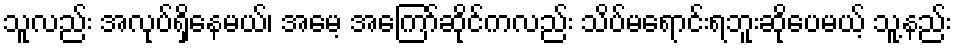
သူလည်း အလုပ်ရှိနေမယ်၊ အမေ့ အကြော်ဆိုင်ကလည်း သိပ်မရောင်းရဘူးဆိုပေမယ့် သူ့နည်း